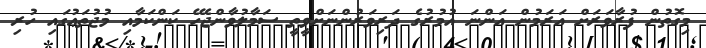
މިގޮތުން ފުރާވަރަށް އަރަމުން އަންނަ އުމުރުގެ ދަރިވަރުންނަށްވީތީ ސަމާލުވާންޖެހޭ ކަންކަމާއި މުޖުތަޢުގައި ހުރި